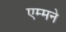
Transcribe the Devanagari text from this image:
एम्मने